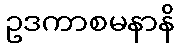
ဥဒကာစမနာနိ